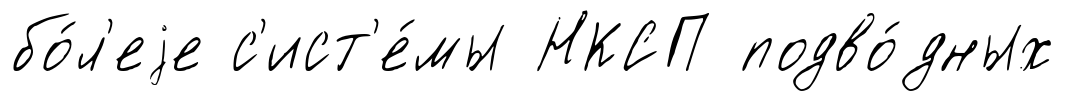
бо́л'еjе с'ист'е́мы НКСП подво́дных